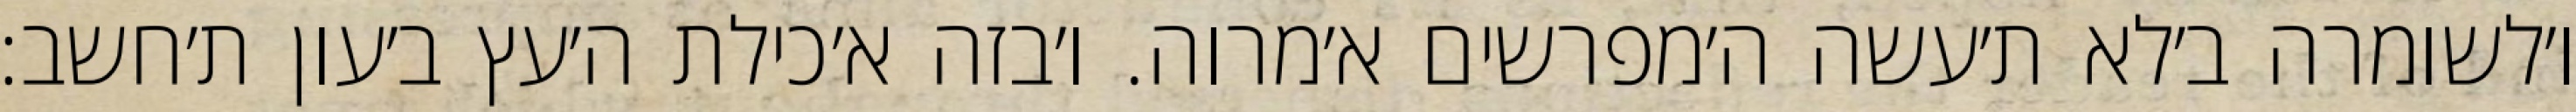
ו׳לשומרה ב׳לא ת׳עשה ה׳מפרשים א׳מרוה. ו׳בזה א׳כילת ה׳עץ ב׳עון ת׳חשב: